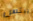
ييتس